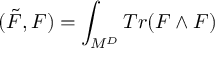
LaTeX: ( \tilde { F } , F ) = \int _ { M ^ { D } } T r ( F \wedge F )